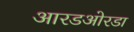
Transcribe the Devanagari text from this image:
आरडओरडा